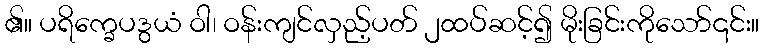
၏။ ပရိက္ခေပဒွယံ ဝါ၊ ဝန်းကျင်လှည့်ပတ် ၂ထပ်ဆင့်၍ မိုးခြင်းကိုသော်၎င်း။